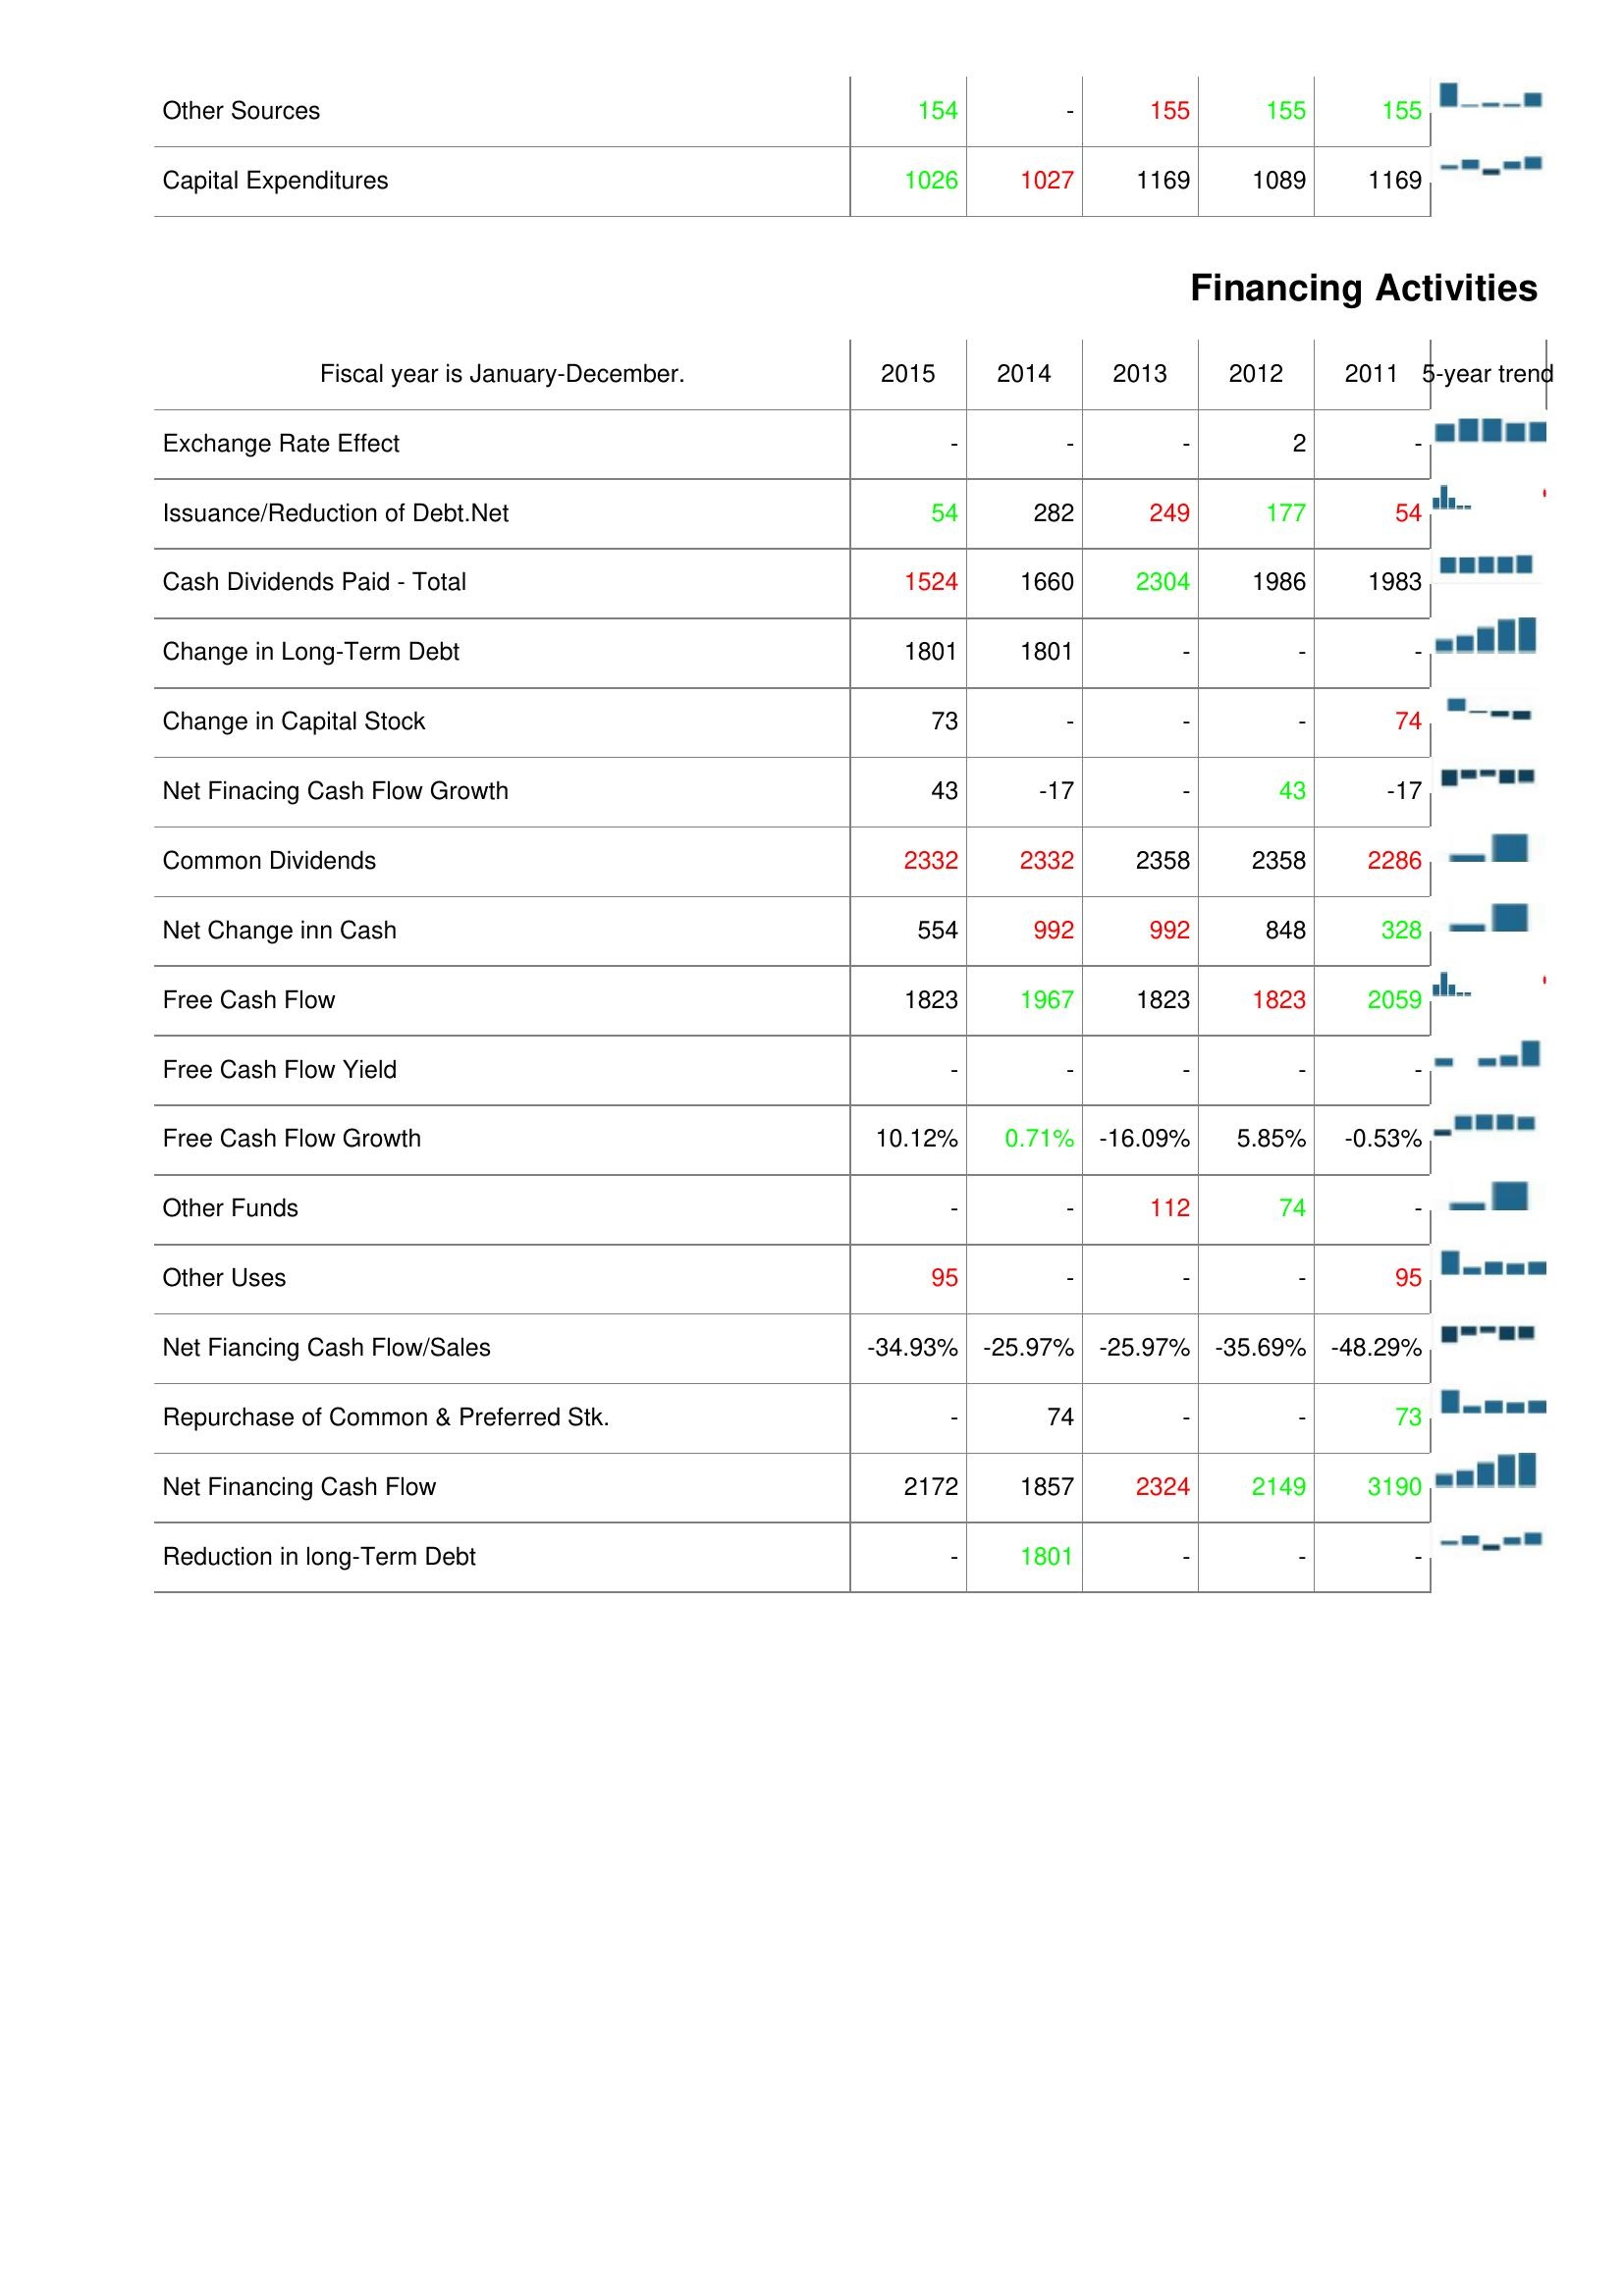
2015: Investing Activities: Other Sources: 154
Capital Expenditures: 1026
Financing Activities: Exchange Rate Effect: -
Issuance/Reduction of Debt.Net: 54
Cash Dividends Paid - Total: 1524
Change in Long-Term Debt: 1801
Change in Capital Stock: 73
Net Finacing Cash Flow Growth: 43
Common Dividends: 2332
Net Change inn Cash: 554
Free Cash Flow: 1823
Free Cash Flow Yield: -
Free Cash Flow Growth: 10.12%
Other Funds: -
Other Uses: 95
Net Fiancing Cash Flow/Sales: -34.93%
Repurchase of Common & Preferred Stk.: -
Net Financing Cash Flow: 2172
Reduction in long-Term Debt: -
2014: Investing Activities: Other Sources: -
Capital Expenditures: 1027
Financing Activities: Exchange Rate Effect: -
Issuance/Reduction of Debt.Net: 282
Cash Dividends Paid - Total: 1660
Change in Long-Term Debt: 1801
Change in Capital Stock: -
Net Finacing Cash Flow Growth: -17
Common Dividends: 2332
Net Change inn Cash: 992
Free Cash Flow: 1967
Free Cash Flow Yield: -
Free Cash Flow Growth: 0.71%
Other Funds: -
Other Uses: -
Net Fiancing Cash Flow/Sales: -25.97%
Repurchase of Common & Preferred Stk.: 74
Net Financing Cash Flow: 1857
Reduction in long-Term Debt: 1801
2013: Investing Activities: Other Sources: 155
Capital Expenditures: 1169
Financing Activities: Exchange Rate Effect: -
Issuance/Reduction of Debt.Net: 249
Cash Dividends Paid - Total: 2304
Change in Long-Term Debt: -
Change in Capital Stock: -
Net Finacing Cash Flow Growth: -
Common Dividends: 2358
Net Change inn Cash: 992
Free Cash Flow: 1823
Free Cash Flow Yield: -
Free Cash Flow Growth: -16.09%
Other Funds: 112
Other Uses: -
Net Fiancing Cash Flow/Sales: -25.97%
Repurchase of Common & Preferred Stk.: -
Net Financing Cash Flow: 2324
Reduction in long-Term Debt: -
2012: Investing Activities: Other Sources: 155
Capital Expenditures: 1089
Financing Activities: Exchange Rate Effect: 2
Issuance/Reduction of Debt.Net: 177
Cash Dividends Paid - Total: 1986
Change in Long-Term Debt: -
Change in Capital Stock: -
Net Finacing Cash Flow Growth: 43
Common Dividends: 2358
Net Change inn Cash: 848
Free Cash Flow: 1823
Free Cash Flow Yield: -
Free Cash Flow Growth: 5.85%
Other Funds: 74
Other Uses: -
Net Fiancing Cash Flow/Sales: -35.69%
Repurchase of Common & Preferred Stk.: -
Net Financing Cash Flow: 2149
Reduction in long-Term Debt: -
2011: Investing Activities: Other Sources: 155
Capital Expenditures: 1169
Financing Activities: Exchange Rate Effect: -
Issuance/Reduction of Debt.Net: 54
Cash Dividends Paid - Total: 1983
Change in Long-Term Debt: -
Change in Capital Stock: 74
Net Finacing Cash Flow Growth: -17
Common Dividends: 2286
Net Change inn Cash: 328
Free Cash Flow: 2059
Free Cash Flow Yield: -
Free Cash Flow Growth: -0.53%
Other Funds: -
Other Uses: 95
Net Fiancing Cash Flow/Sales: -48.29%
Repurchase of Common & Preferred Stk.: 73
Net Financing Cash Flow: 3190
Reduction in long-Term Debt: -